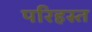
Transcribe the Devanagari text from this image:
परिहस्त